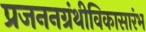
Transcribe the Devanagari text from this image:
प्रजननग्रंथीविकासारंभ